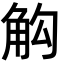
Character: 𮗣